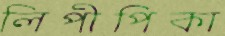
লিপীপিকা